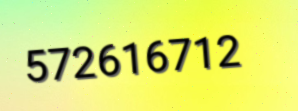
572616712